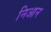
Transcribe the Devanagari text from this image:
निआन